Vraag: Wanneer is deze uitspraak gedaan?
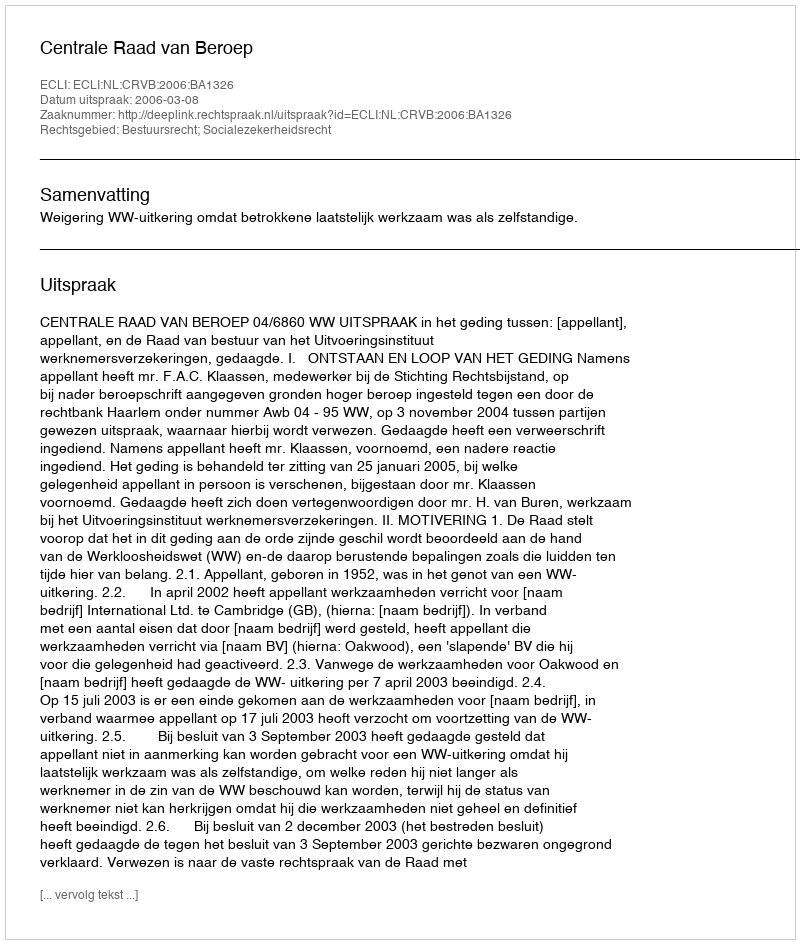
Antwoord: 2006-03-08